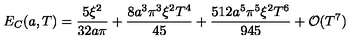
E _ { C } ( a , T ) = \frac { 5 \xi ^ { 2 } } { 3 2 a \pi } + \frac { 8 a ^ { 3 } \pi ^ { 3 } \xi ^ { 2 } { T ^ { 4 } } } { 4 5 } + \frac { 5 1 2 a ^ { 5 } \pi ^ { 5 } \xi ^ { 2 } { T ^ { 6 } } } { 9 4 5 } + { \cal O } ( T ^ { 7 } )